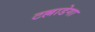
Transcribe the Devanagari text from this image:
टल्लाडेगा